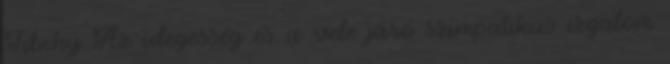
Tibchy Az idegesség és a vele járó szimpatikus izgalom